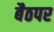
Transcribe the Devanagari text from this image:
बैठपर